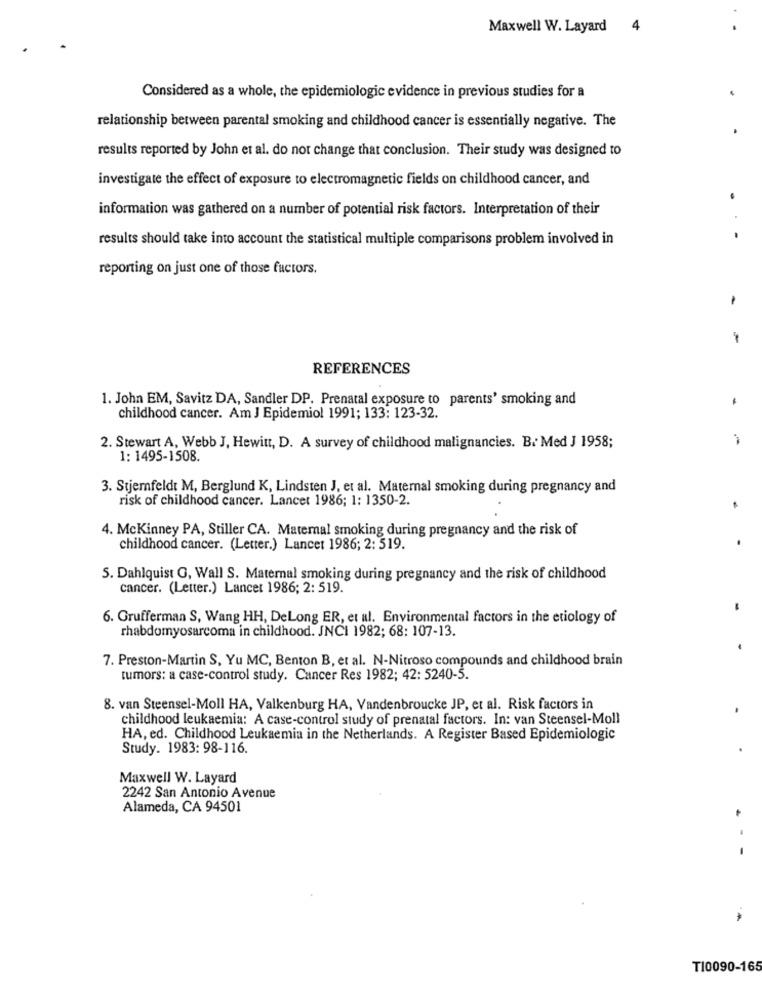
Maxwell W. Layard 4
Considered as a whole, the epidemiologic evidence in previous studies for a
relationship between parental smoking and childhood cancer is essentially negative. The
results reported by John et al. do not change that conclusion. Their study was designed to
investigate the effect of exposure to electromagnetic fields on childhood cancer, and
information was gathered on a number of potential risk factors. Interpretation of their
results should take into account the statistical multiple comparisons problem involved in
. -
reporting on just one of those factors.
REFERENCES
1. John EM, Savitz DA, Sandler DP. Prenatal exposure to parents' smoking and
1
childhood cancer. Am J Epidemiol 1991; 133: 123-32.
2. Stewart A, Webb J, Hewitt, D. A survey of childhood malignancies. B. Med J 1958;
1: 1495-1508.
3. Stjerfeldt M, Berglund K, Lindsten J, et al. Maternal smoking during pregnancy and
risk of childhood cancer. Lancet 1986; 1: 1350-2.
4. Mckinney PA, Stiller CA. Maternal smoking during pregnancy and the risk of
.
childhood cancer. (Letter.) Lancet 1986; 2: 519.
5. Dahlquist G, Wall S. Maternal smoking during pregnancy and the risk of childhood
cancer. (Letter.) Lancet 1986; 2: 519.
6. Grufferman S, Wang HH, DeLong ER, et al. Environmental factors in the etiology of
rhabdomyosarcoma in childhood. JNCI 1982; 68: 107-13.
7. Preston-Martin S, Yu MC, Benton B, et al. N-Nitroso compounds and childhood brain
tumors: a case-control study. Cancer Res 1982; 42: 5240-5.
8. van Steensel-Moll HA, Valkenburg HA, Vandenbroucke JP, et al. Risk factors in
.
childhood leukaemia: A case-control study of prenatal factors. In: van Steensel-Moll
HA, ed. Childhood Leukaemia in the Netherlands. A Register Based Epidemiologic
Study. 1983: 98-116.
Maxwell W. Layard
2242 San Antonio Avenue
Alameda, CA 94501
T10090-165